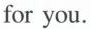
for you.